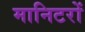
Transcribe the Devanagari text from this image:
मानिटरों